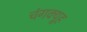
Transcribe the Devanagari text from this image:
चंगक्यूह